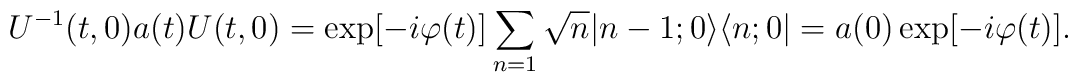
U^{-1}(t,0)a(t)U(t,0)=\exp[-i\varphi(t)] \sum_{n=1}\sqrt{n}|n-1;0\bigr>\bigl<n;0|   =a(0)\exp[-i\varphi(t)] .